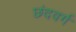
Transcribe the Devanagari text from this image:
छंदवर्ग